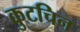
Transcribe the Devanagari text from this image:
कुटचिन